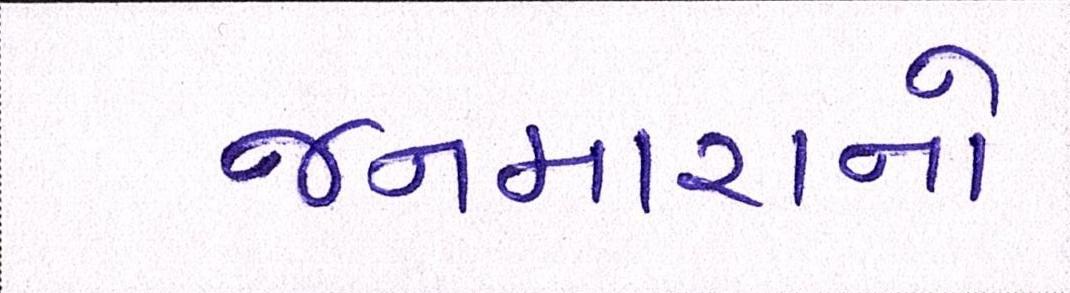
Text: જનમારાનો